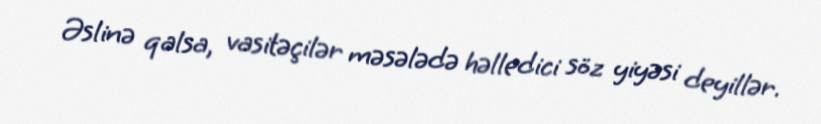
Əslinə qalsa, vasitəçilər məsələdə həlledici söz yiyəsi deyillər.